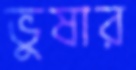
ভুষার